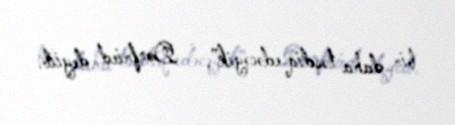
bir daha təsdiq edəcəyik”, - Donfried deyiib.